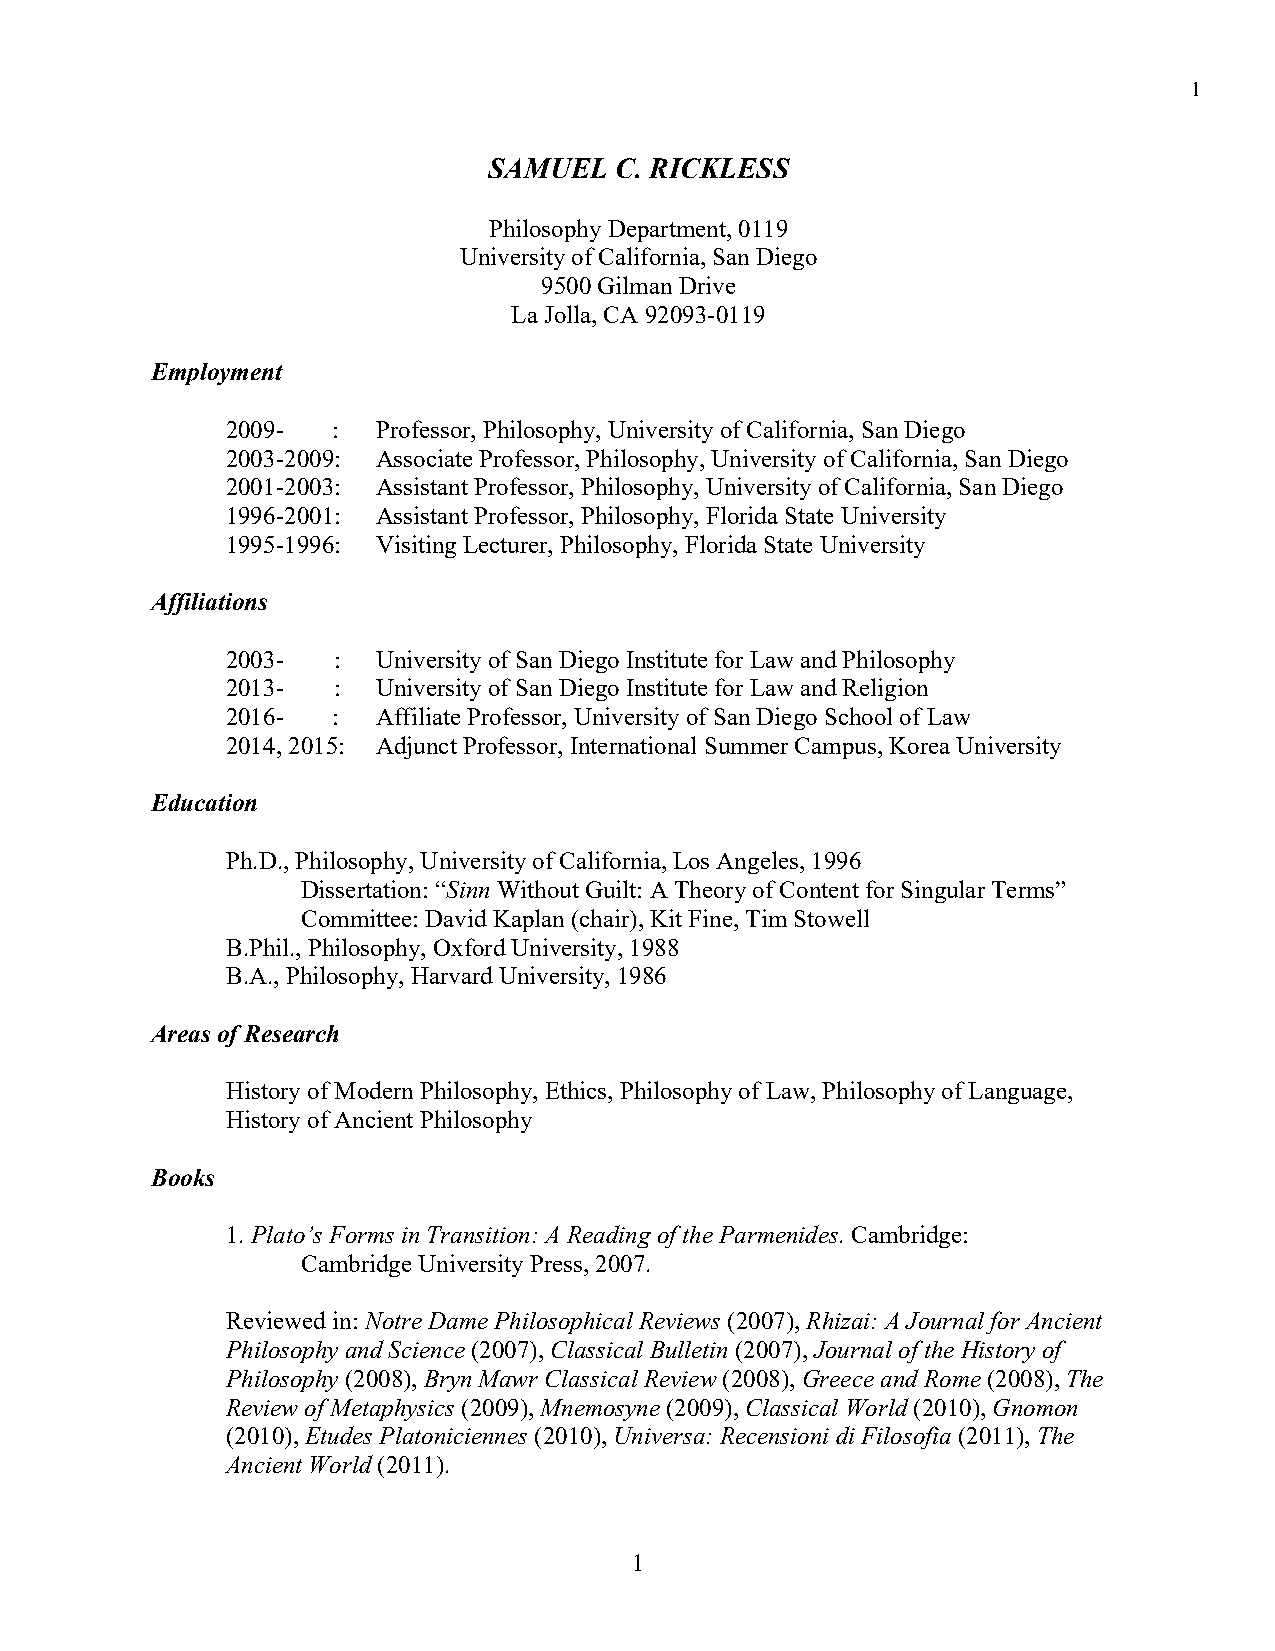
1
 SAMUEL   C. RICKLESS
 Philosophy Department, 0119
 University of California, San Diego
 9500 Gilman Drive
 La Jolla, CA 92093-0119
 Employment
 2009-  :  Professor, Philosophy, University of California, San Diego
 2003-2009: Associate Professor, Philosophy, University of California, San Diego
 2001-2003: Assistant Professor, Philosophy, University of California, San Diego
 1996-2001: Assistant Professor, Philosophy, Florida State University
 1995-1996: Visiting Lecturer, Philosophy, Florida State University
 Affiliations
 2003-  :  University of San Diego Institute for Law and Philosophy
 2013-  :  University of San Diego Institute for Law and Religion
 2016-  :  Affiliate Professor, University of San Diego School of Law
 2014, 2015: Adjunct Professor, International Summer Campus, Korea University
 Education
 Ph.D., Philosophy, University of California, Los Angeles, 1996
 Dissertation: “Sinn Without Guilt: A Theory of Content for Singular Terms”
 Committee: David Kaplan (chair), Kit Fine, Tim Stowell
 B.Phil., Philosophy, Oxford University, 1988
 B.A., Philosophy, Harvard University, 1986
 Areas of Research
 History of Modern Philosophy, Ethics, Philosophy of Law, Philosophy of Language,
 History of Ancient Philosophy
 Books
 1. Plato’s Forms in Transition: A Reading of the Parmenides. Cambridge:
 Cambridge University Press, 2007.
 Reviewed in: Notre Dame Philosophical Reviews (2007), Rhizai: A Journal for Ancient
 Philosophy and Science (2007), Classical Bulletin (2007), Journal of the History of
 Philosophy (2008), Bryn Mawr Classical Review (2008), Greece and Rome (2008), The
 Review of Metaphysics (2009), Mnemosyne (2009), Classical World (2010), Gnomon
 (2010), Etudes Platoniciennes (2010), Universa: Recensioni di Filosofia (2011), The
 Ancient World (2011).
 1